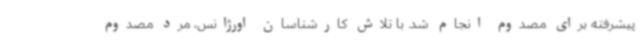
پیشرفته برای مصدوم انجام شد. با تلاش کارشناسان اورژانس، مرد مصدوم